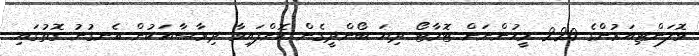
ވޮލަންޓިއަރުންގެ 220 މީހުންނަށް ޓޮމާޓޯ ދިޔަ ބޯންދީގެން ކޮށްފައިވާ ދިރާސާއަކުން އެނގުނު ގޮތުގައި